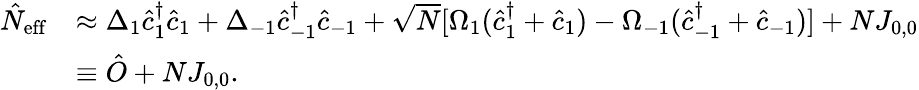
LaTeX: \begin{array}{rl}{\hat{N}_{\mathrm{eff}}}&{\approx\Delta_{1}\hat{c}_{1}^{\dagger}\hat{c}_{1}+\Delta_{-1}\hat{c}_{-1}^{\dagger}\hat{c}_{-1}+\sqrt{N}[\Omega_{1}(\hat{c}_{1}^{\dagger}+\hat{c}_{1})-\Omega_{-1}(\hat{c}_{-1}^{\dagger}+\hat{c}_{-1})]+NJ_{0,0}}\\ &{\equiv\hat{O}+NJ_{0,0}.}\end{array}